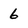
Character: 6